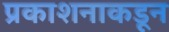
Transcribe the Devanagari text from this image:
प्रकाशनाकडून